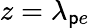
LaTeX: z=\lambda_{\mathsf{p}e}